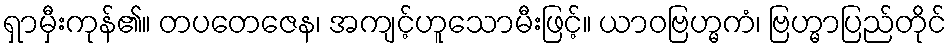
ရှာမှီးကုန်၏။ တပတေဇေန၊ အကျင့်ဟူသောမီးဖြင့်။ ယာဝဗြဟ္မကံ၊ ဗြဟ္မာပြည်တိုင်